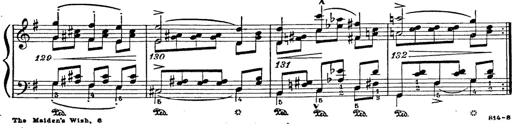
Title: 6 Polish Songs
Composer: Franz Liszt